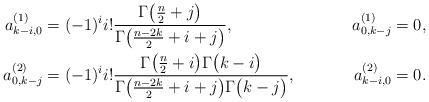
\begin{align*} a_{k-i,0}^{(1)} & = (-1)^i i! \frac{\Gamma\bigl(\frac{n}{2}+j\bigr)}{\Gamma\bigl(\frac{n-2k}{2}+i+j\bigr)} , & a_{0,k-j}^{(1)} & = 0 , \\ a_{0,k-j}^{(2)} & = (-1)^i i! \frac{\Gamma\bigl(\frac{n}{2}+i\bigr)\Gamma\bigl(k-i\bigr)}{\Gamma\bigl(\frac{n-2k}{2}+i+j\bigr)\Gamma\bigl(k-j\bigr)} , & a_{k-i,0}^{(2)} & = 0 . \end{align*}